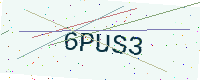
Text: 6PUS3